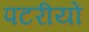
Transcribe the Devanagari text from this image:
पटरीयों